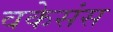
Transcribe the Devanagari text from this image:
वकेसंस